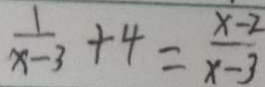
\frac { 1 } { x - 3 } + 4 = \frac { x - 2 } { x - 3 }